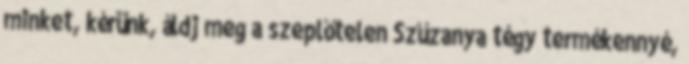
minket, kérünk, áldj meg a szeplőtelen Szűzanya tégy termékennyé,